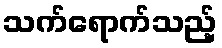
သက်ရောက်သည့်